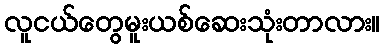
လူငယ်တွေမူးယစ်ဆေးသုံးတာလား။